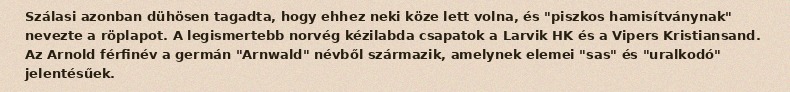
Szálasi azonban dühösen tagadta, hogy ehhez neki köze lett volna, és "piszkos hamisítványnak" nevezte a röplapot. A legismertebb norvég kézilabda csapatok a Larvik HK és a Vipers Kristiansand. Az Arnold férfinév a germán "Arnwald" névből származik, amelynek elemei "sas" és "uralkodó" jelentésűek.